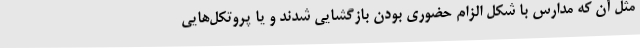
مثل آن که مدارس با شکل الزام حضوری بودن بازگشایی شدند و یا پروتکل‌هایی